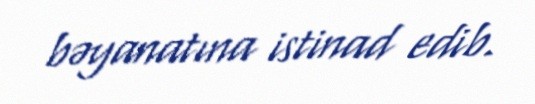
bəyanatına istinad edib.